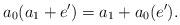
LaTeX: \begin{align*}a_0(a_1+e')=a_1+a_0(e').\end{align*}